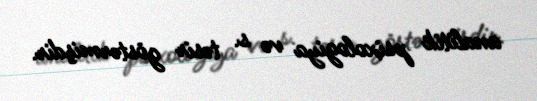
analitik psixologiya və s. təsir göstərmişdir.